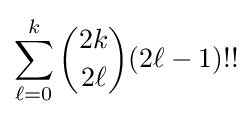
\sum _{\ell =0}^{k}{\binom {2k}{2\ell }}(2\ell -1)!!